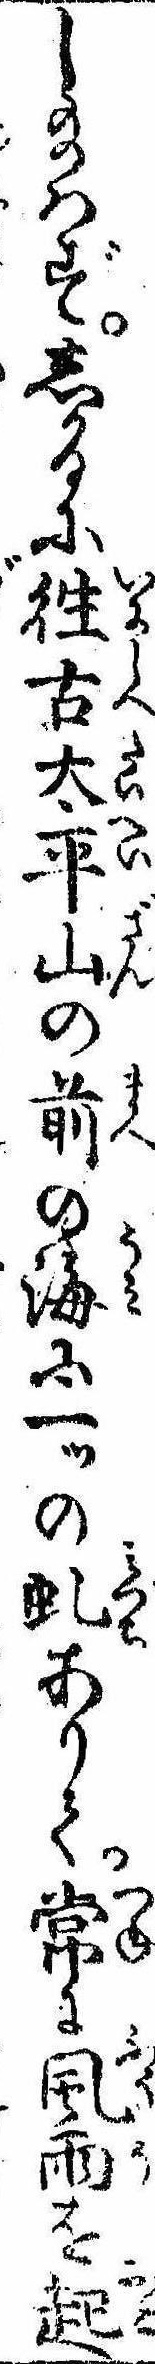
し給はずしかるに往古太平山の前の海に一ッの虬ありて常に風雨を起